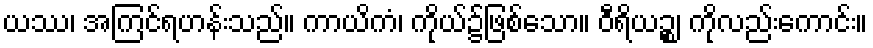
ယဿ၊ အကြင်ရဟန်းသည်။ ကာယိကံ၊ ကိုယ်၌ဖြစ်သော။ ဝီရိယဉ္စ၊ ကိုလည်းကောင်း။